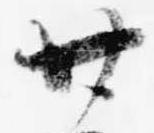
廿